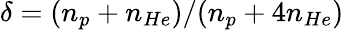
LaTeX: \delta=(n_{p}+n_{He})/(n_{p}+4n_{He})